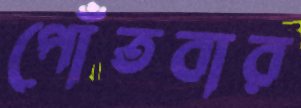
পোঁতবার